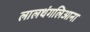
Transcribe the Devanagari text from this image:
लालथंगलिआना